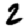
Digit: 2